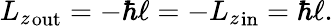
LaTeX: {L_{z}}_{\mathrm{out}}=-\hbar\ell=-{L_{z}}_{\mathrm{in}}=\hbar\ell.